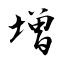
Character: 増